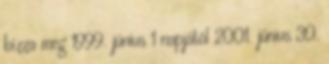
bízza meg 1999. június 1 napjától 2001. június 30.